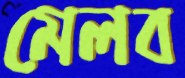
মেলব